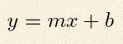
y=mx+b